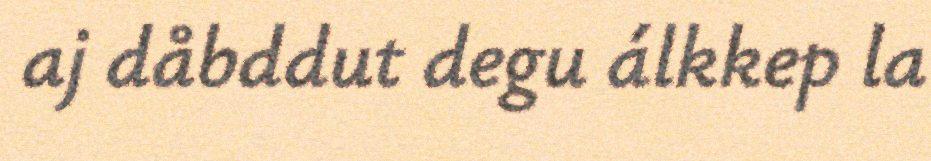
aj dåbddut degu álkkep la